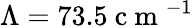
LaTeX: \Lambda=73.5\mathrm{~c~m~}^{-1}